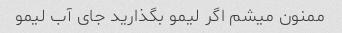
ممنون میشم اگر لیمو بگذارید جای آب لیمو